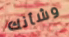
وشأنك